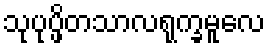
သုပုပ္ဖိတသာလရုက္ခမူလေ